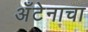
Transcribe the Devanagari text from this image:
अँटेनाचा